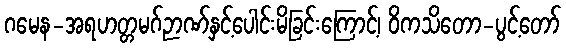
ဂမေန-အရဟတ္တမဂ်ဉာဏ်နှင့်ပေါင်းမိခြင်းကြောင့်၊ ဝိကသိတော-ပွင့်တော်